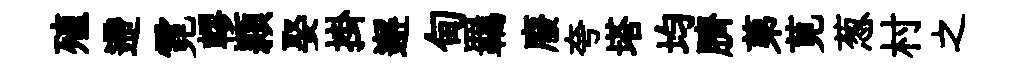
殖遰霓轇頴娶掛邂甸羈廢夸塔均臍苐莧葱村之